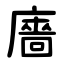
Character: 廧